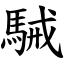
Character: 駴